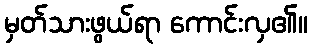
မှတ်သားဖွယ်ရာ ကောင်းလှ၏။